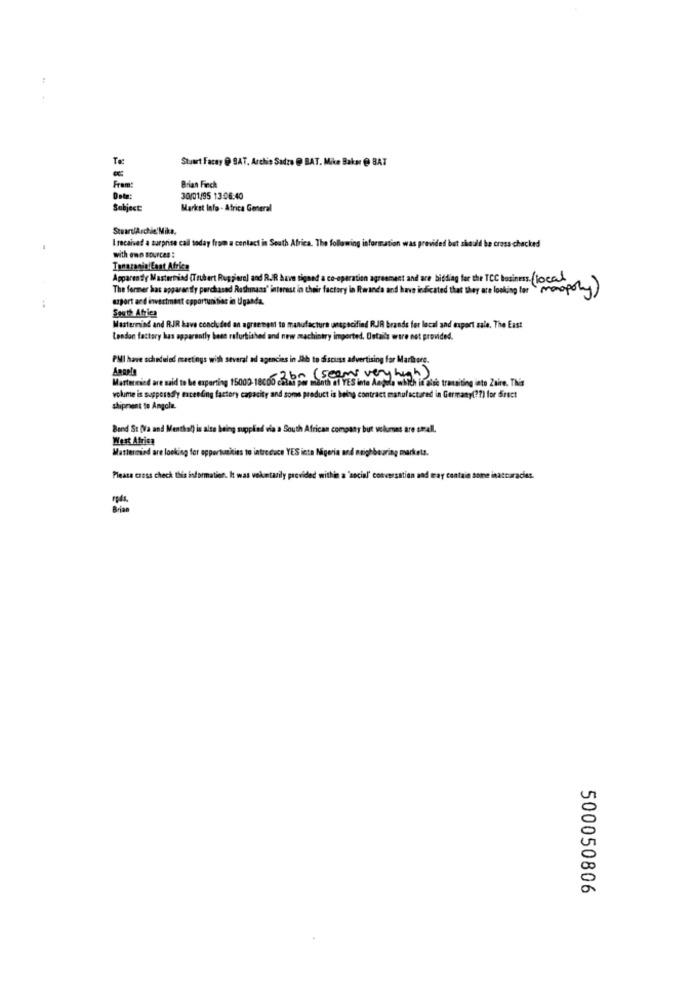
:
Stuart Facey @ SAT, Archie Sadza @ BAT. Mike Bakar @ BAT
From:
Brian Finch
30/01/95 13:06:40
Subject:
Market Info - Africa General
StuartlArchie'Mike.
I received a surprise call today from a contact in South Africa. The following information was provided but should be cross -checked
with enn sources :
Tanazania East Africa
Apparently Masterried (Teubert Ruppieral and RUR have signed a co-operation agreement and are bidding for the TCC business. (local
The former has apparently purchased Rushnass' interest in chair factory in Rwanda and have indicated that they are looking for monopoly)
asport and investment opportunities in Uganda.
South Africa
Mastermind and RJR have concluded an agreement to manufacture unspecified RJR brands for local and export sale. The East
tendon factory has apparently best refurbished and new machintry imported. Ostalls ware not provided.
PMI have scheduled meetings with several ad agencies in Jih to discuss advertising for Marlore.
Martereied are said to be exporting 15000-18000 call per month of YES inte Angula which it also transiting into Zaire. This
( seems very high)
volume is supposedly mateeding factory capacity and some product is being contract manufactured in Germany( ?? ) for direct
shipment to Angola.
Bend St [Va and Menthol) is also being supplied via a South African company but volumes are small.
West Africa
Mattermind are looking for opportunities to introduce YES inte Nigeria and neighbouring markela.
Please cress check this information. It was voluntarily provided within a 'social' conversation and may contain some inaccuracies.
500050806